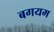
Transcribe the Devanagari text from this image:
बगयम